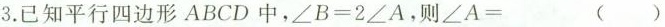
3.已知平行四边形ABCD中，$$\angleB=2\angleA$$，则$$\angleA= ( )$$